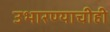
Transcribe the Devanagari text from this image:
उभारण्याचीही